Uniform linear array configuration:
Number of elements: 48
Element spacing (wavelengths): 0.75
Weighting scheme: hamming
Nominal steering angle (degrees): -30
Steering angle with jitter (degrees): -30.889
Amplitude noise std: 0.05
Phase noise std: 0.05

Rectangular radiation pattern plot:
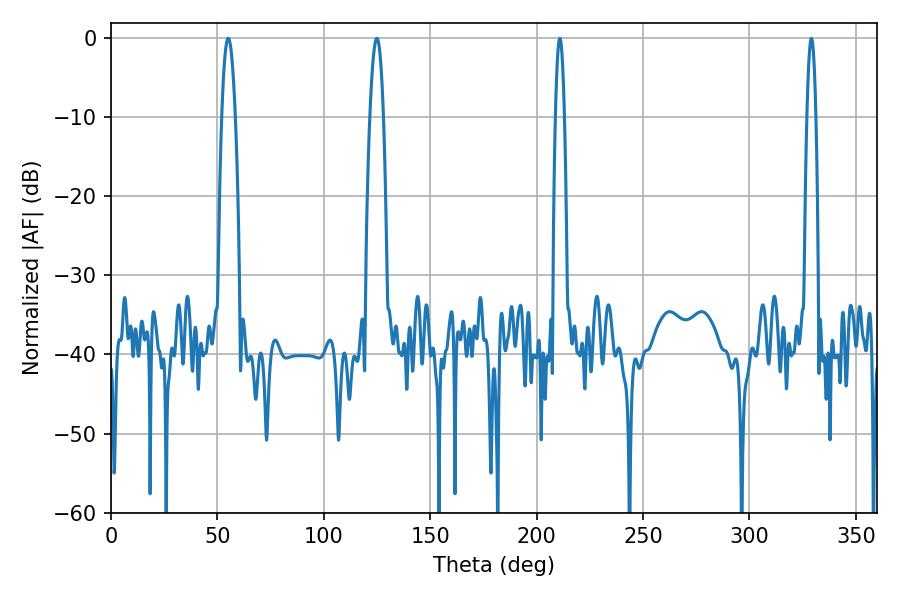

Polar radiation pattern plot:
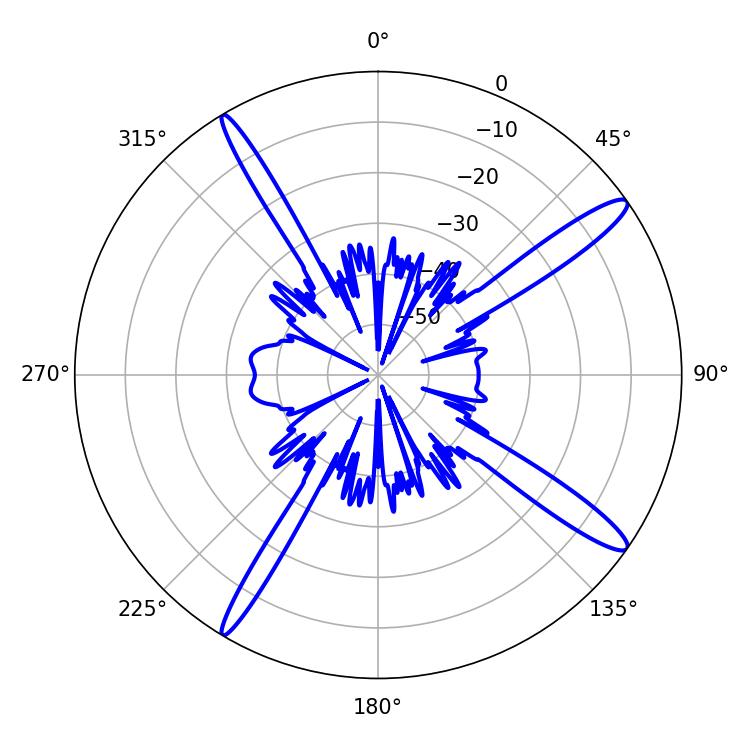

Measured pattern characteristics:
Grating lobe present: TRUE
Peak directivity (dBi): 14.971
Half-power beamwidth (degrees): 3.42
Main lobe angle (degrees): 55.08